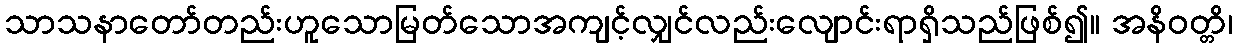
သာသနာတော်တည်းဟူသောမြတ်သောအကျင့်လျှင်လည်းလျောင်းရာရှိသည်ဖြစ်၍။ အနိဝတ္တိ၊